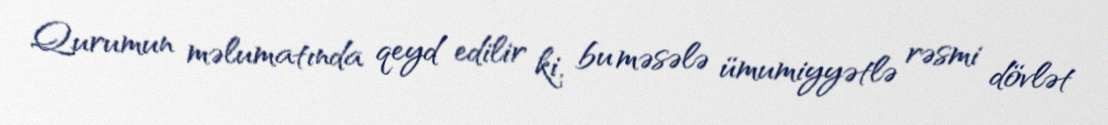
Qurumun məlumatında qeyd edilir ki, bu məsələ ümumiyyətlə rəsmi dövlət